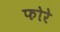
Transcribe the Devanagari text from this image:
फोरे